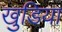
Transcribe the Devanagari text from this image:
खुडिया